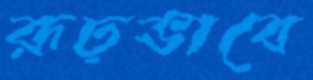
রূঢ়ভাবে